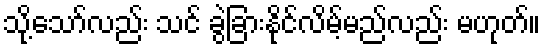
သို့သော်လည်း သင် ခွဲခြားနိုင်လိမ့်မည်လည်း မဟုတ်။